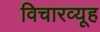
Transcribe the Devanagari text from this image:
विचारव्यूह